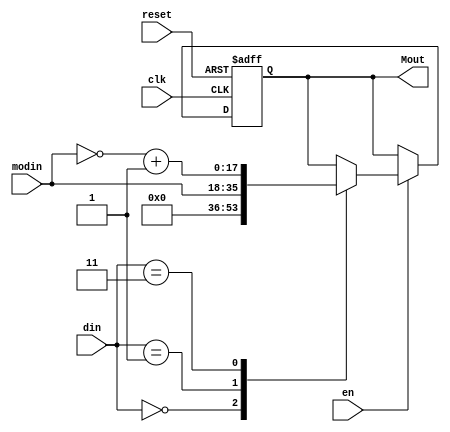
module MIXER(clk, reset, en, modin, din, Mout);

input clk;
input reset;
input en;
input [17:0] modin;
input [1:0] din;

output reg [17:0] Mout;

always @(posedge clk or posedge reset) begin
	if (reset) begin
		Mout <= 18'd0;
	end
	else if (en) begin
		case(din)
			2'b00: Mout <= 18'd0;
			2'b01: Mout <= modin;
			2'b11: Mout <= ~modin + 1;
			default: Mout <= Mout;
		endcase
	end
	else begin
		Mout <= Mout;
	end
end

endmodule